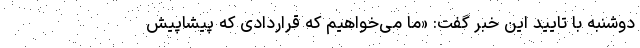
دوشنبه با تایید این خبر گفت: «ما می‌خواهیم که قراردادی که پیشاپیش